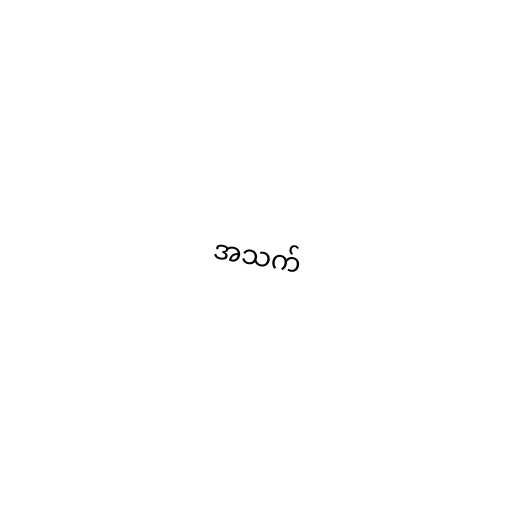
အသက်